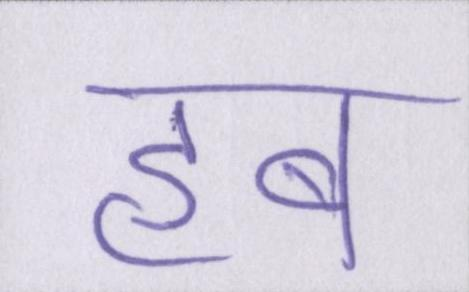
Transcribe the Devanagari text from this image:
हब